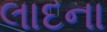
લાદના